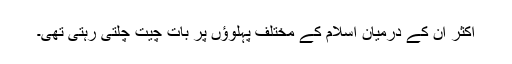
اکثر ان کے درمیان اسلام کے مختلف پہلوؤں پر بات چیت چلتی رہتی تھی۔